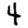
Digit: 4